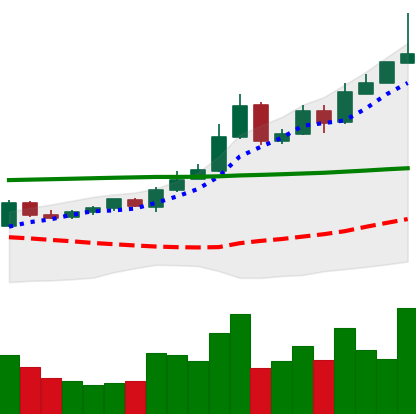
Ticker: BTC-USD
Chart end date: 2015-10-25
Forward return: 15.628%
Label: up_7plus